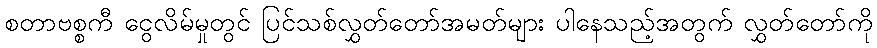
စတာဗစ္စကီ ငွေလိမ်မှုတွင် ပြင်သစ်လွှတ်တော်အမတ်များ ပါနေသည့်အတွက် လွှတ်တော်ကို